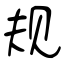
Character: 规